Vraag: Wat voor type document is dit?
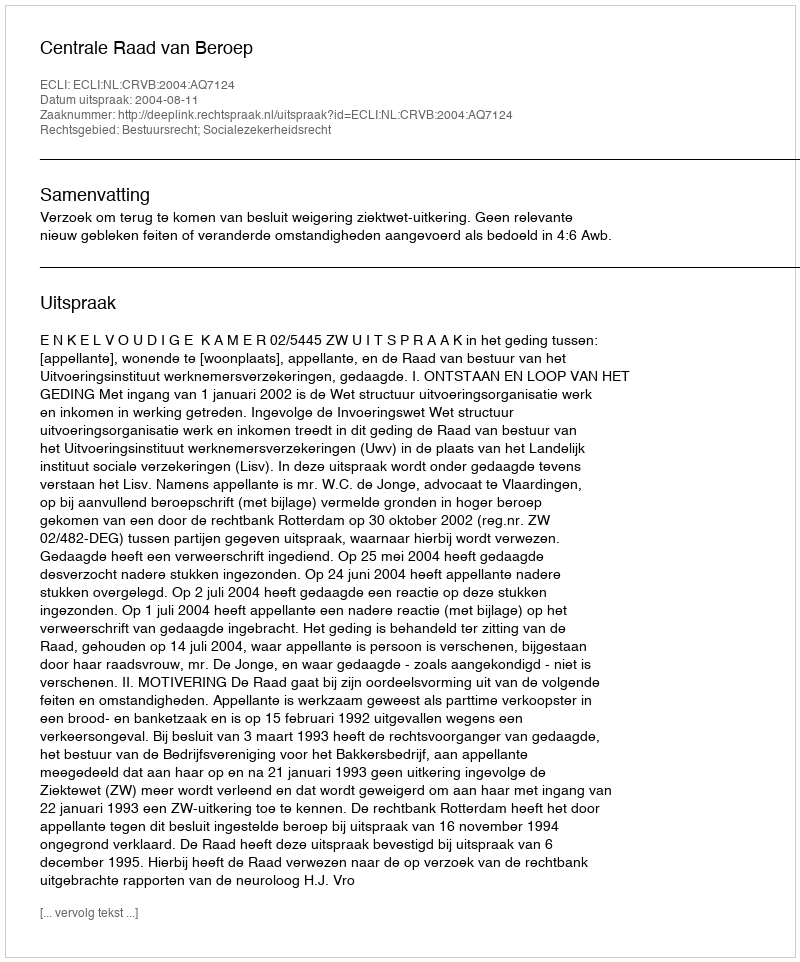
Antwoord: Uitspraak